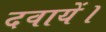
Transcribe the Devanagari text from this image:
दवायें।